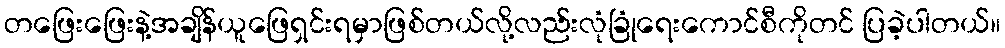
တဖြေးဖြေးနဲ့အချိန်ယူဖြေရှင်းရမှာဖြစ်တယ်လို့လည်းလုံခြုံရေးကောင်စီကိုတင် ပြခဲ့ပါတယ်။